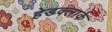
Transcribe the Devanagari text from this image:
हेडक्लार्क